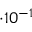
\cdot 1 0 ^ { - 1 }